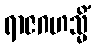
ရာဇဂဟသ္မိံ